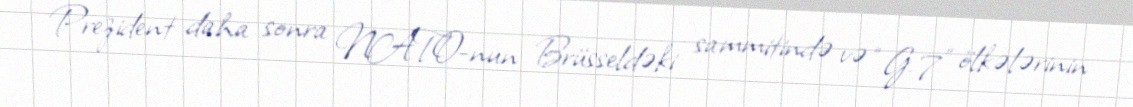
Prezident daha sonra NATO-nun Brüsseldəki sammitində və “G-7” ölkələrinin